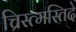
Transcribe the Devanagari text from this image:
च्रिस्त्मस्तिदे